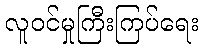
လူဝင်မှုကြီးကြပ်ရေး